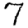
Digit: 7